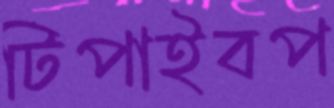
টিপাইবপ